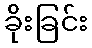
ခိုးခြင်း